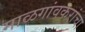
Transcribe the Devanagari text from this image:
माळगांवकरांचा